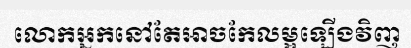
លោកអ្នកនៅតែអាចកែលម្អឡើងវិញ